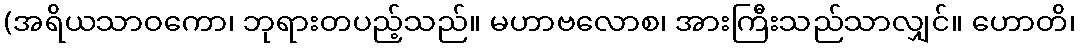
(အရိယသာဝကော၊ ဘုရားတပည့်သည်။ မဟာဗလောစ၊ အားကြီးသည်သာလျှင်။ ဟောတိ၊